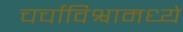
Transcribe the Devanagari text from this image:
चर्चाविश्वामध्ये